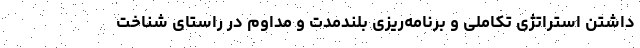
داشتن استراتژی تکاملی و برنامه‌ریزی بلندمدت و مداوم در راستای شناخت